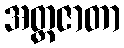
အတ္ထဇာတာ